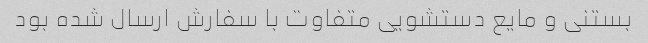
بستنی و مایع دستشویی متفاوت با سفارش ارسال شده بود